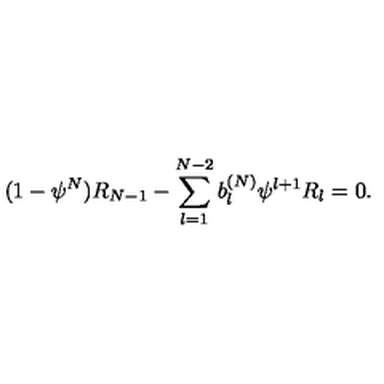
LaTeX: ( 1 - { \psi } ^ { N } ) R _ { N - 1 } - \sum _ { l = 1 } ^ { N - 2 } b _ { l } ^ { ( N ) } { \psi } ^ { l + 1 } R _ { l } = 0 .